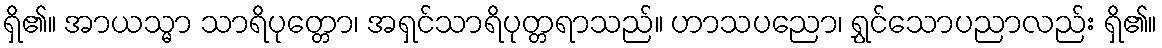
ရှိ၏။ အာယသ္မာ သာရိပုတ္တော၊ အရှင်သာရိပုတ္တရာသည်။ ဟာသပညော၊ ရွှင်သောပညာလည်း ရှိ၏။